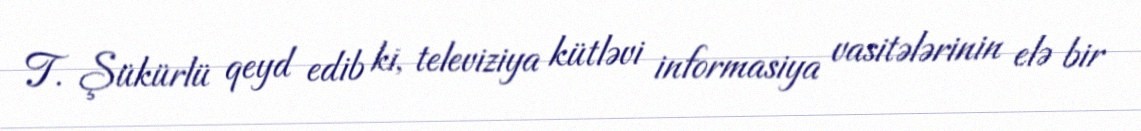
T. Şükürlü qeyd edib ki, televiziya kütləvi informasiya vasitələrinin elə bir